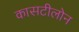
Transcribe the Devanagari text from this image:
कासटीलोन